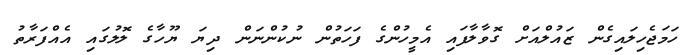
ހަމަޖެހިލައިގެން ޒައުލްއަށް ގޮވާލާފައި އެމީހުންގެ ފަހަތުން ނުކުންނަން ދިޔަ ޔޫހާގެ ލޮލުގައި އެއްފަރާތު